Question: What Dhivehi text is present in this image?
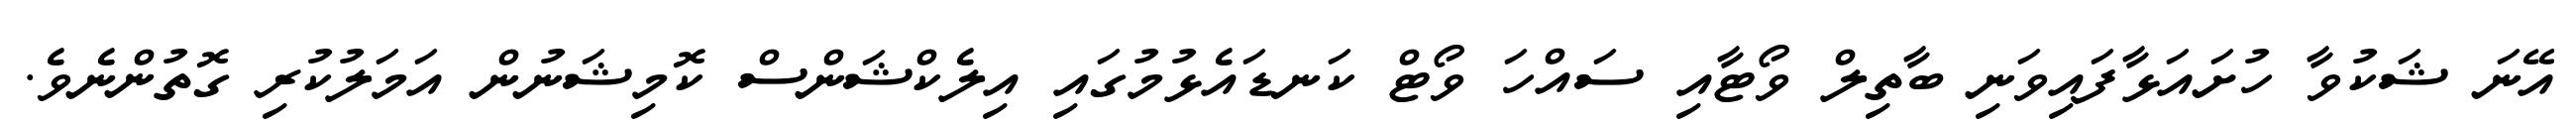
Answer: އޭނަ ޝަކުވާ ހުށައަޅާފައިވަނި ބާތިލް ވޯޓާއި ސައްހަ ވޯޓް ކަނޑައެޅުމުގައި އިލެކްޝަންސް ކޮމިޝަނުން އަމަލުކުރި ގޮތުންނެވެ.